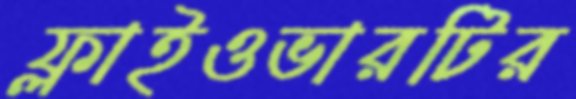
ফ্লাইওভারটির